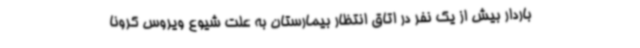
باردار بیش از یک نفر در اتاق انتظار بیمارستان به علت شیوع ویروس کرونا